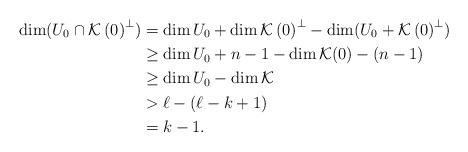
LaTeX: \begin{align*}\dim(U_{0}\cap\mathcal{K}\left( 0\right) ^{\perp}) & = \dim U_{0}+\dim\mathcal{K}\left( 0\right) ^{\perp}-\dim( U_{0}+\mathcal{K}\left(0\right) ^{\perp} )\\& \geq\dim U_{0} +n-1-\dim\mathcal{K}(0) -\left( n-1\right) \\& \geq\dim U_{0} -\dim\mathcal{K}\\& >\ell-\left( \ell-k+1\right) \\& =k-1.\end{align*}